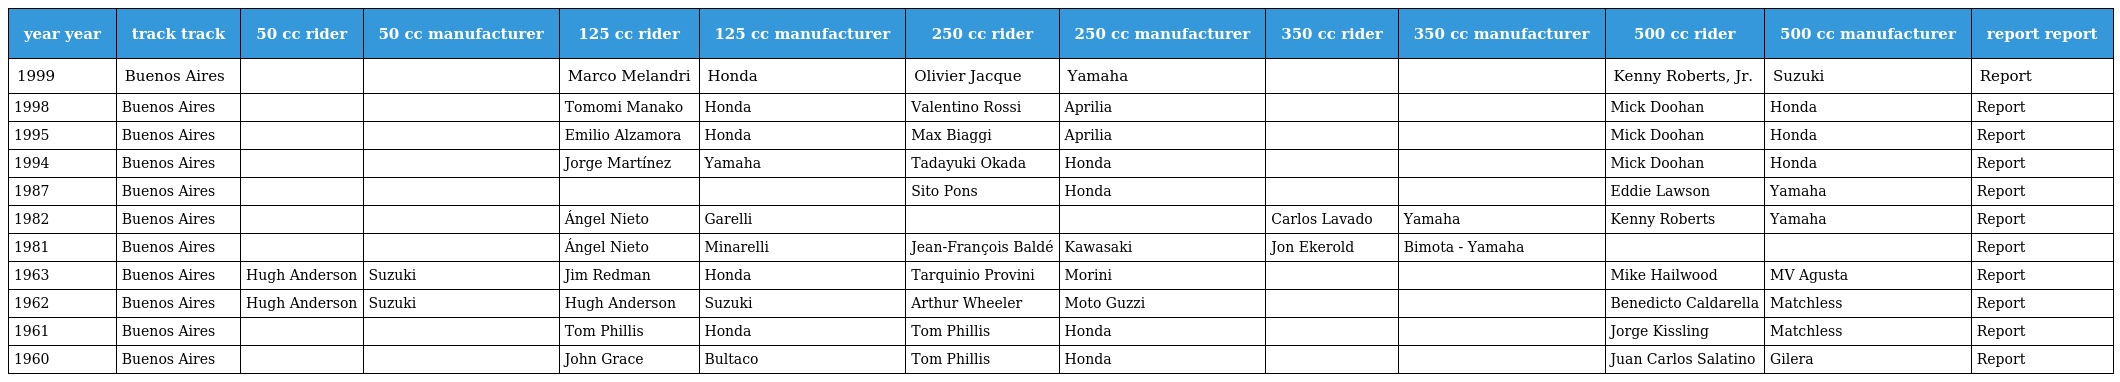
| year year | track track | 50 cc rider | 50 cc manufacturer | 125 cc rider | 125 cc manufacturer | 250 cc rider | 250 cc manufacturer | 350 cc rider | 350 cc manufacturer | 500 cc rider | 500 cc manufacturer | report report |
 | --- | --- | --- | --- | --- | --- | --- | --- | --- | --- | --- | --- | --- |
 | 1999 | Buenos Aires |  |  | Marco Melandri | Honda | Olivier Jacque | Yamaha |  |  | Kenny Roberts, Jr. | Suzuki | Report |
 | 1998 | Buenos Aires |  |  | Tomomi Manako | Honda | Valentino Rossi | Aprilia |  |  | Mick Doohan | Honda | Report |
 | 1995 | Buenos Aires |  |  | Emilio Alzamora | Honda | Max Biaggi | Aprilia |  |  | Mick Doohan | Honda | Report |
 | 1994 | Buenos Aires |  |  | Jorge Martínez | Yamaha | Tadayuki Okada | Honda |  |  | Mick Doohan | Honda | Report |
 | 1987 | Buenos Aires |  |  |  |  | Sito Pons | Honda |  |  | Eddie Lawson | Yamaha | Report |
 | 1982 | Buenos Aires |  |  | Ángel Nieto | Garelli |  |  | Carlos Lavado | Yamaha | Kenny Roberts | Yamaha | Report |
 | 1981 | Buenos Aires |  |  | Ángel Nieto | Minarelli | Jean-François Baldé | Kawasaki | Jon Ekerold | Bimota - Yamaha |  |  | Report |
 | 1963 | Buenos Aires | Hugh Anderson | Suzuki | Jim Redman | Honda | Tarquinio Provini | Morini |  |  | Mike Hailwood | MV Agusta | Report |
 | 1962 | Buenos Aires | Hugh Anderson | Suzuki | Hugh Anderson | Suzuki | Arthur Wheeler | Moto Guzzi |  |  | Benedicto Caldarella | Matchless | Report |
 | 1961 | Buenos Aires |  |  | Tom Phillis | Honda | Tom Phillis | Honda |  |  | Jorge Kissling | Matchless | Report |
 | 1960 | Buenos Aires |  |  | John Grace | Bultaco | Tom Phillis | Honda |  |  | Juan Carlos Salatino | Gilera | Report |